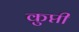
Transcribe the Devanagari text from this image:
कुप्ती